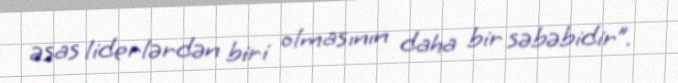
əsas liderlərdən biri olmasının daha bir səbəbidir”.